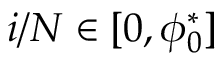
i / N \in [ 0 , \phi _ { 0 } ^ { * } ]